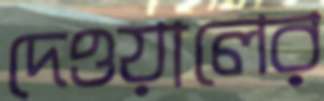
দেওয়ালের